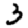
Digit: 3